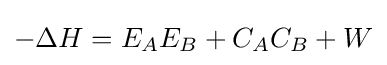
-\Delta H=E_{A}E_{B}+C_{A}C_{B}+W